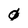
Character: 0